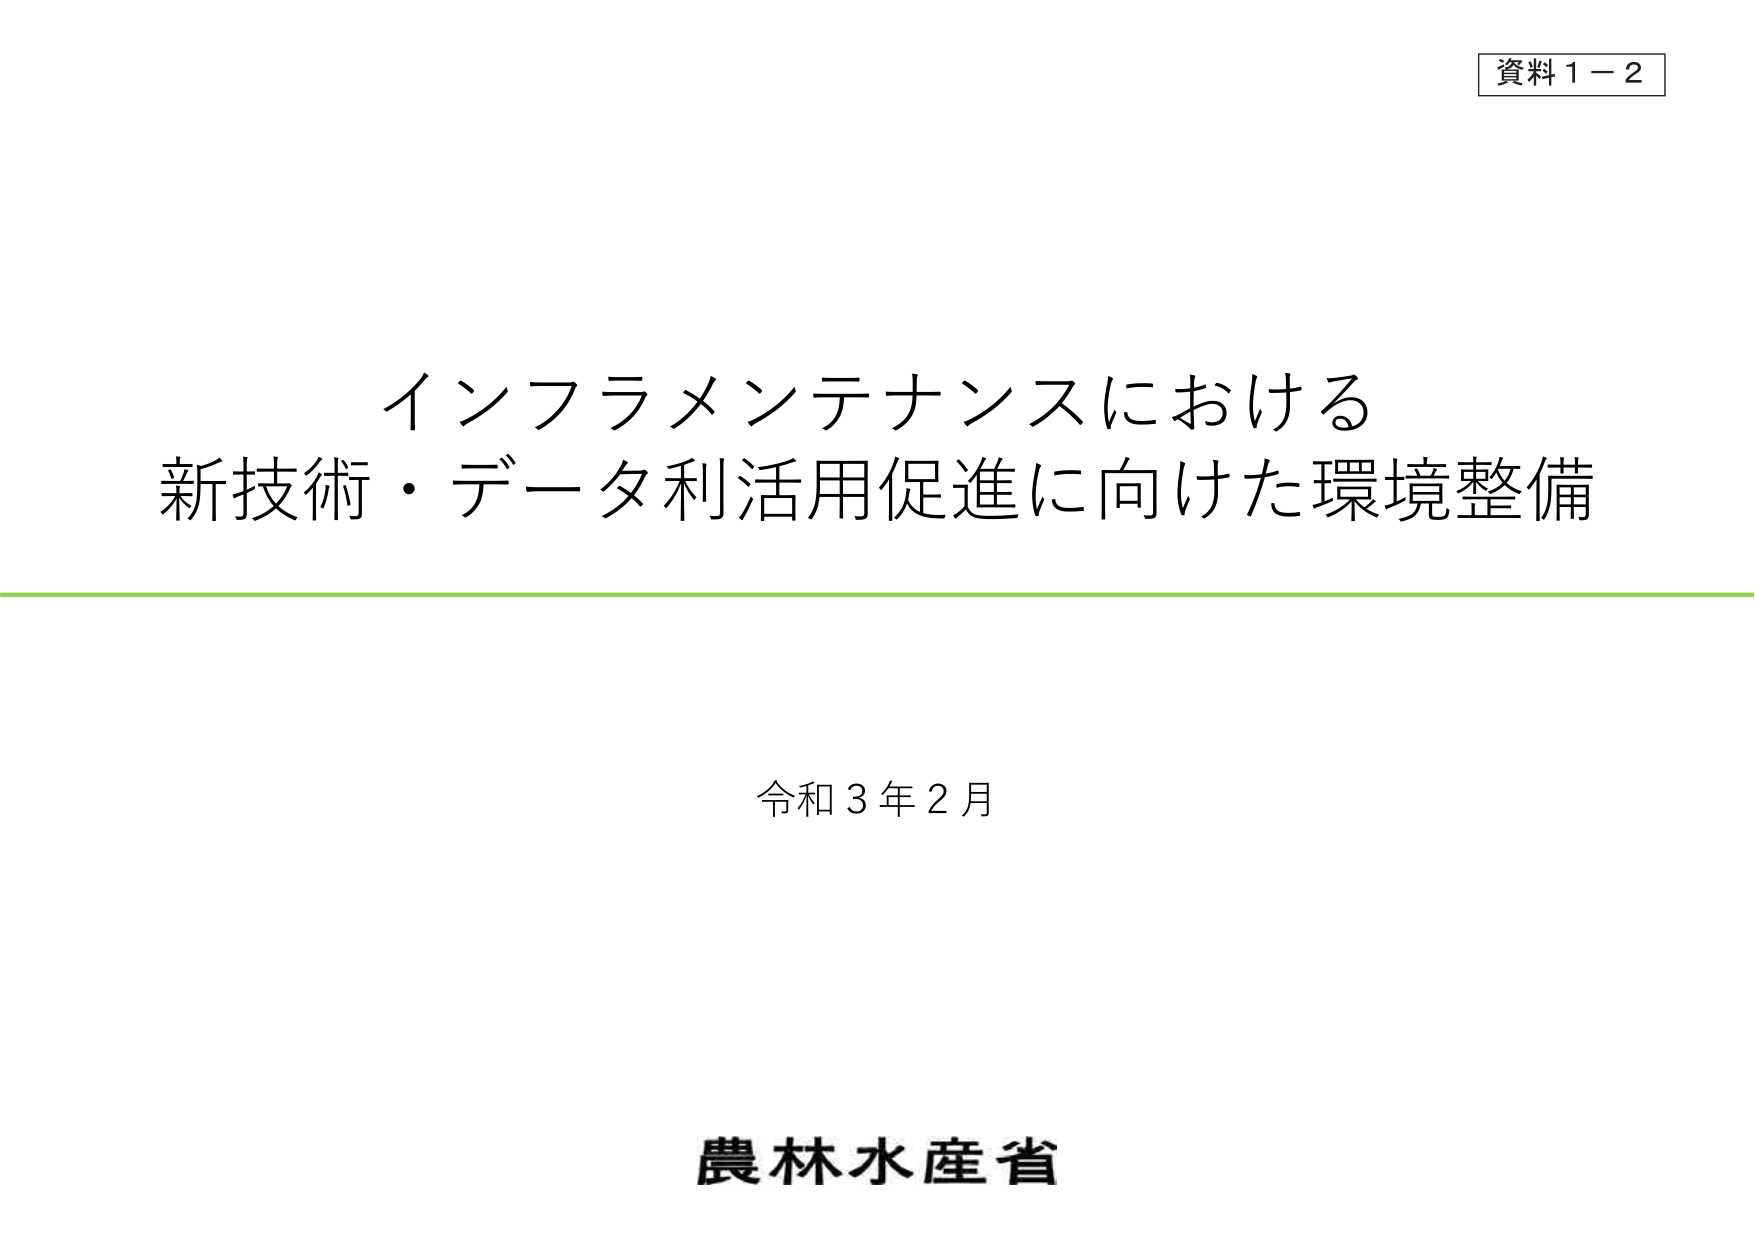
資料１－２

インフラメンテナンスにおける
新技術・データ利活用促進に向けた環境整備

令和３年２月

農林水産省